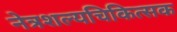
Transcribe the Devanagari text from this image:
नेत्रशल्यचिकित्सक